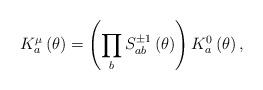
LaTeX: \begin{align*}K_{a}^{\mu}\left(\theta\right)=\left(\prod_{b}S_{ab}^{\pm1}\left(\theta\right)\right)K_{a}^{0}\left(\theta\right),\end{align*}